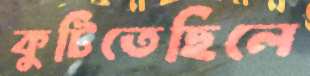
কুটিতেছিলে